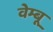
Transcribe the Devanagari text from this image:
वेम्बू